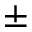
\mathbf { \pm }